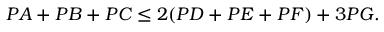
P A + P B + P C \leq 2 ( P D + P E + P F ) + 3 P G .